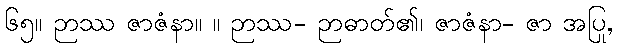
၆၅။ ဉာဿ ဇာဇံနာ။ ။ ဉာဿ- ဉာဓာတ်၏၊ ဇာဇံနာ- ဇာ အပြု,